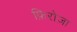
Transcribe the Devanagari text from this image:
फ़िरोज़ा